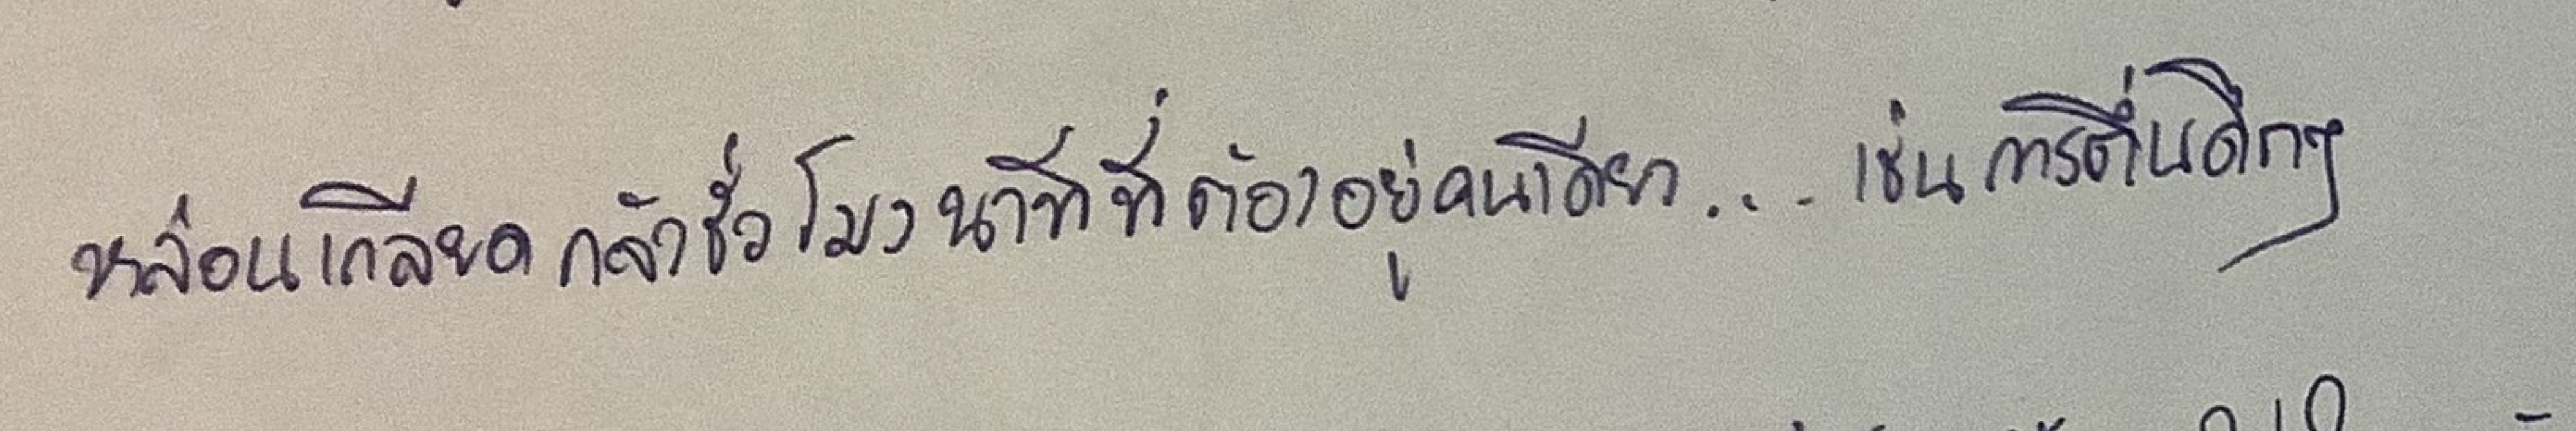
หล่อนเกลียดกลัวชั่วโมงนาทีที่ต้องอยู่คนเดียว...เช่นการตื่นดึกๆ